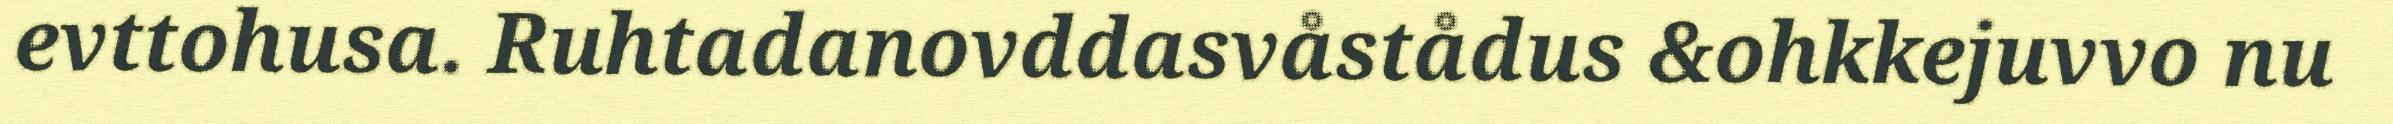
evttohusa. Ruhtadanovddasvåstådus &ohkkejuvvo nu